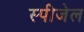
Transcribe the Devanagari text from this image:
स्पीजेल